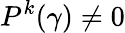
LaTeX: P^{k}(\gamma)\neq 0